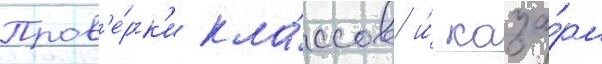
Пров'е́рк'и кла́ссов и́ каза́рм